Annual administration report of the Civil Veterinary Department of India - 1898-1899
Year: 1898
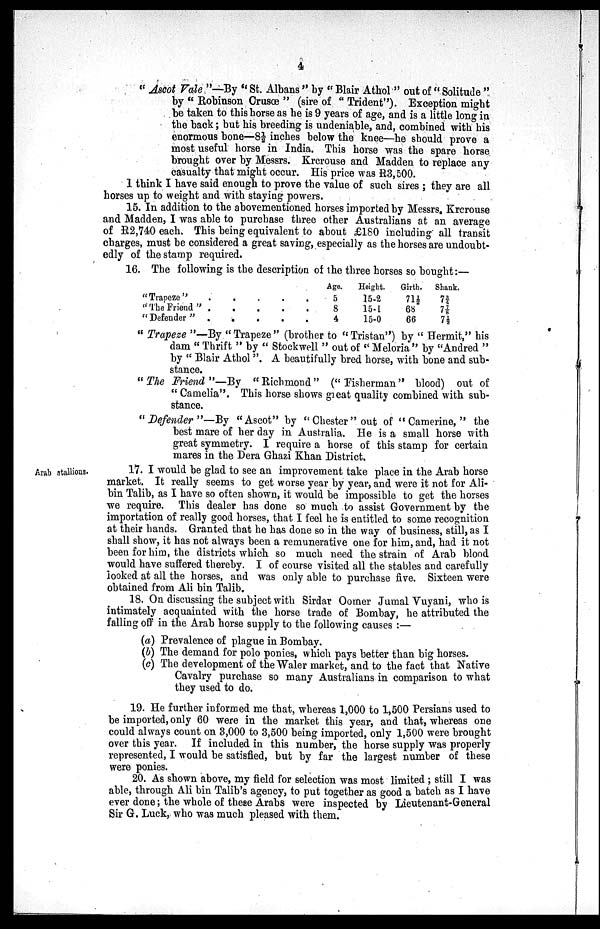
4
"Ascot Vale"—By "St. Albans" by "Blair Athol" out of "Solitude"
by "Eobinson Crusœ" (sire of "Trident"). Exception might
be taken to this horse as he is 9 years of age, and is a little long in
the back; but his breeding is undeniable, and, combined with his
enormous bone—8½ inches below the knee—he should prove a
most useful horse in India. This horse was the spare horse
brought over by Messrs. Krcrouse and Madden to replace any
casualty that might occur. His price was R3,500.
I think I have said enough to prove the value of such sires; they are all
horses up to weight and with staying powers.
15. In addition to the abovementioned horses imported by Messrs. Krcrouse
and Madden, I was able to purchase three other Australians at an average
of R2,740 each. This being equivalent to about £180 including all transit
charges, must be considered a great saving, especially as the horses are undoubt
edly of the stamp required.
16. The following is the description of the three horses so bought:—
"Trapeze". . . . .
"The Friend" . . . . .
"Defender" . . . . .
Age.
5
8
4
Height.
15-2
15-1
15-0
Girth.
71½
68
66
Shank.
7¾
7⅞
7½
"Trapeze"—By "Trapeze" (brother to "Tristan") by "Hermit," his
dam "Thrift" by "Stockwell" out of "Meloria" by "Andred"
by "Blair Athol". A beautifully bred horse, with bone and sub
stance.
"The Friend"—By
"Richmond" ("Fisherman" blood) out of
"Camelia". This horse shows great quality combined with sub
stance.
"Defender"—By
"Ascot" by "Chester" out of "Camerine," the
best mare of her day in Australia. He is a small horse with
great symmetry. I require a horse of this stamp for certain
mares in the Dera Ghazi Khan District.
Arab stallions.
17. I would be glad to see an improvement take place in the Arab horse
market. It really seems to get worse year by year, and were it not for Ali-
bin Talib, as I have so often shown, it would be impossible to get the horses
we require. This dealer has done so much to assist Government by the
importation of really good horses, that I feel he is entitled to some recognition
at their hands. Granted that he has done so in the way of business, still, as I
shall show, it has not always been a remunerative one for him, and, had it not
been for him, the districts which so much need the strain of Arab blood
would have suffered thereby. I of course visited all the stables and carefully
looked at all the horses, and was only able to purchase five. Sixteen were
obtained from Ali bin Talib.
18. On discussing the subject with Sirdar Oomer Jumal Vuyani, who is
intimately acquainted with the horse trade of Bombay, he attributed the
falling off in the Arab horse supply to the following causes:—
(a) Prevalence of plague in Bombay.
(b) The demand for polo ponies, which pays better than big horses.
(c) The development of the Waler market, and to the fact that Native
Cavalry purchase so many Australians in comparison to what
they used to do.
19. He further informed me that, whereas 1,000 to 1,500 Persians used to
be imported, only 60 were in the market this year, and that, whereas one
could always count on 3,000 to 3,500 being imported, only 1,500 were brought
over this year. If included in this number, the horse supply was properly
represented, I would be satisfied, but by far the largest number of these
were ponies.
20. As shown above, my field for selection was most limited; still I was
able, through Ali bin Talib's agency, to put together as good a batch as I have
ever done; the whole of these Arabs were inspected by Lieutenant-General
Sir G. Luck, who was much pleased with them.